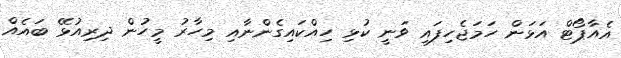
އެއާޕޯޓް އަޅަން ހަމަޖެހިފައި ވަނީ ކުޅި ހިއްކައިގެންނާއި މިހާރު މީހުން ދިރިއުޅޭ ބައެއް